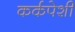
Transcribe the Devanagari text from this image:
कर्कपेशी